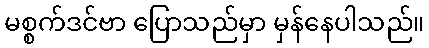
မစ္စက်ဒင်ဗာ ပြောသည်မှာ မှန်နေပါသည်။